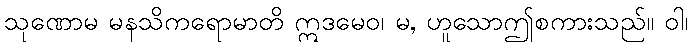
သုဏောမ မနသိကရောမာတိ ဣဒမေဝ၊ မ, ဟူသောဤစကားသည်။ ဝါ၊